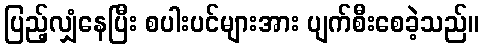
ပြည့်လျှံနေပြီး စပါးပင်များအား ပျက်စီးစေခဲ့သည်။